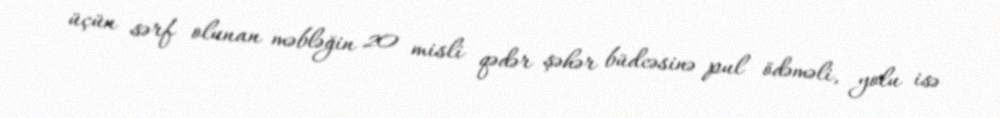
üçün sərf olunan məbləğin 20 misli qədər şəhər büdcəsinə pul ödəməli, yolu isə